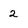
Character: 2